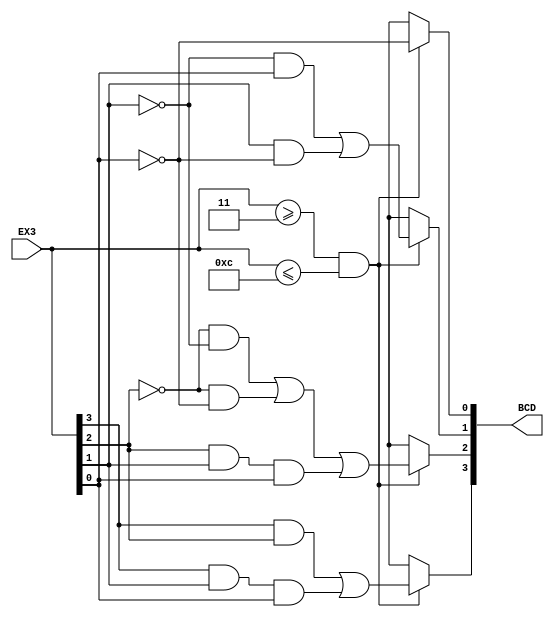
module ex3_bcd(EX3, BCD);
input [3:0] EX3;
output reg [3:0]BCD;


always@(*)
 begin
   if(EX3>=3 && EX3<=12)
     begin
	 BCD[3] = (EX3[3] & EX3[2]) | (EX3[3] & EX3[1] & EX3[0]);
	 BCD[2] = (~EX3[2] & ~EX3[1]) | (~EX3[2] & ~EX3[0]) | (EX3[2] & EX3[1] & EX3[0]);
	 BCD[1] = (~EX3[1] & EX3[0]) | (EX3[1] & ~EX3[0]);
	 BCD[0] = ~EX3[0];
	 end
   else
	BCD = 4'bxxxx;
 end
endmodule